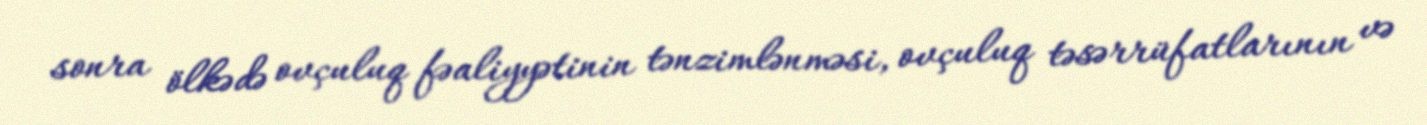
sonra ölkədə ovçuluq fəaliyyətinin tənzimlənməsi, ovçuluq təsərrüfatlarının və